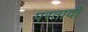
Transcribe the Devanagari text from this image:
परतावी